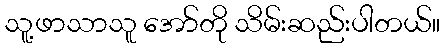
သူ့ဖာသာသူ အော်တို သိမ်းဆည်းပါတယ်။